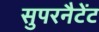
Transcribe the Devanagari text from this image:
सुपरनैटेंट